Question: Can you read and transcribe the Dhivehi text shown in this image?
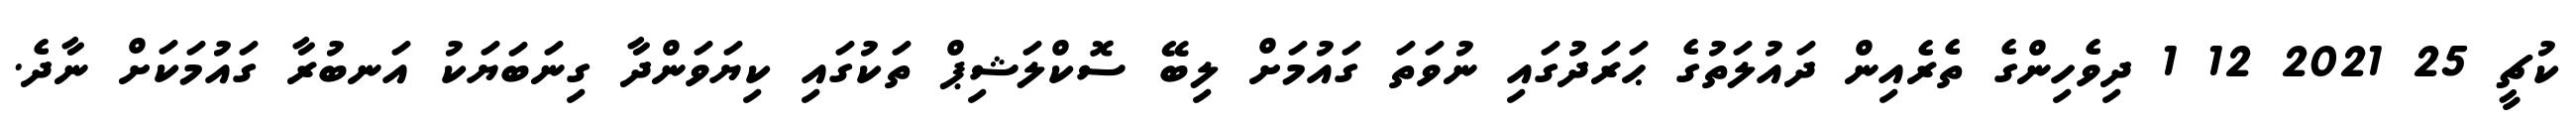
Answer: ކުޗީ 25 2021 12 1 ދިވެހިންގެ ތެރެއިން ދައުލަތުގެ ޙަރަދުގައި ނުވަތަ ގައުމަށް ލިބޭ ސޮކްލަޝިޕް ތަކުގައި ކިޔަވަންދާ ގިނަބަޔަކު އަނބުރާ ގައުމަކަށް ނާދެ.